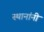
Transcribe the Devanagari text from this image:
स्थानांनी